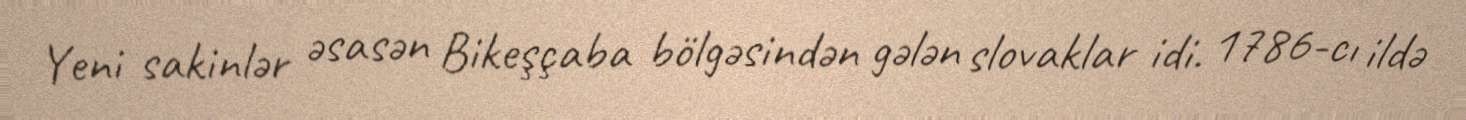
Yeni sakinlər əsasən Bikeşçaba bölgəsindən gələn slovaklar idi. 1786-cı ildə